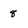
Character: 8